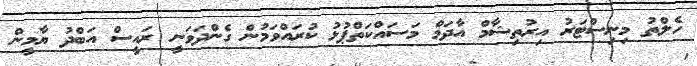
ހެލްތު މިނިސްޓަރު އިރުތިޝާމް އާދަމް މަސައްކަތްޕުޅު ކުރައްވަމުން ގެންދަވަނީ ރައީސް އަބްދު ޔާމީން